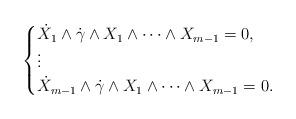
LaTeX: \begin{align*}\begin{cases}\dot{X}_{1} \wedge \dot{\gamma} \wedge X_{1} \wedge \dotsb \wedge X_{m-1} = 0, \\\vdots\\ \dot{X}_{m-1} \wedge \dot{\gamma} \wedge X_{1} \wedge \dotsb \wedge X_{m-1} = 0.\end{cases}\end{align*}